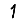
Digit: 1